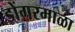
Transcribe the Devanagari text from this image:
डोंगरमाळा